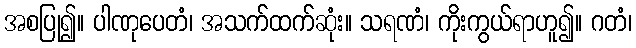
အစပြု၍။ ပါဏုပေတံ၊ အသက်ထက်ဆုံး။ သရဏံ၊ ကိုးကွယ်ရာဟူ၍။ ဂတံ၊